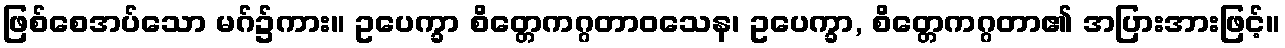
ဖြစ်စေအပ်သော မဂ်၌ကား။ ဥပေက္ခာ စိတ္တေကဂ္ဂတာဝသေန၊ ဥပေက္ခာ, စိတ္တေကဂ္ဂတာ၏ အပြားအားဖြင့်။